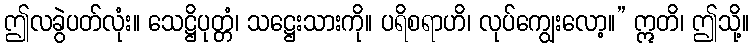
ဤလခွဲပတ်လုံး။ သေဋ္ဌိပုတ္တံ၊ သဋ္ဌေးသားကို။ ပရိစရာဟိ၊ လုပ်ကျွေးလော့။” ဣတိ၊ ဤသို့။